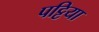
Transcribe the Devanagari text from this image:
पट्टिया